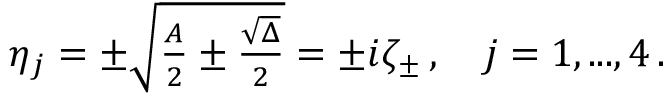
\begin{array} { r } { \eta _ { j } = \pm \sqrt { \frac { A } { 2 } \pm \frac { \sqrt { \Delta } } { 2 } } = \pm i \zeta _ { \pm } \, , \quad j = 1 , . . . , 4 \, . } \end{array}